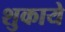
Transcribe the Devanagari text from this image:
शुकाये